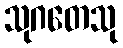
သုဂတေသု